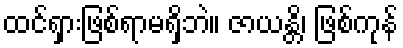
ထင်ရှားဖြစ်ရာမရှိဘဲ။ ဇာယန္တိ၊ ဖြစ်ကုန်